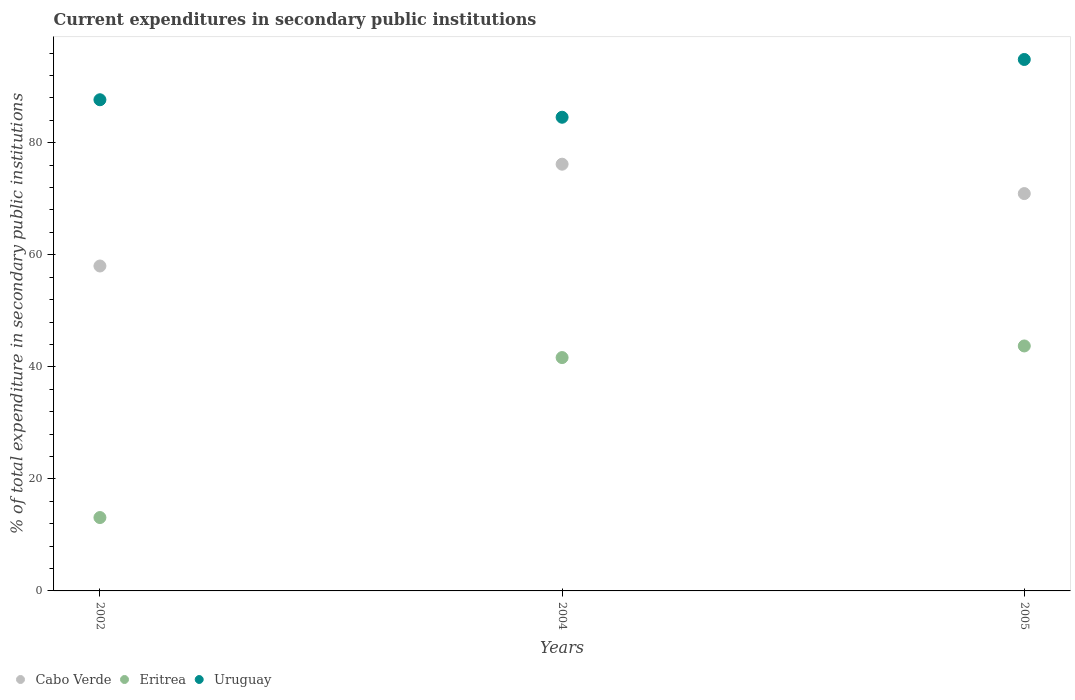
| Years | Cabo Verde | Eritrea | Uruguay |
 | --- | --- | --- | --- |
 | 2002 | 58 | 13.1 | 87.7 |
 | 2004 | 76.2 | 41.7 | 84.5 |
 | 2005 | 70.9 | 43.7 | 94.9 |